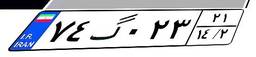
۹۶گ۸۳۰۵۹